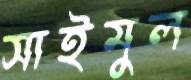
সাইমুল